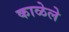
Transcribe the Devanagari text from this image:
काळेले